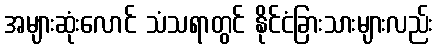
အများဆုံးလောင် သံသရာတွင် နိုင်ငံခြားသားများလည်း